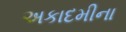
અકાદમીના